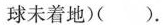
球未着地)()。